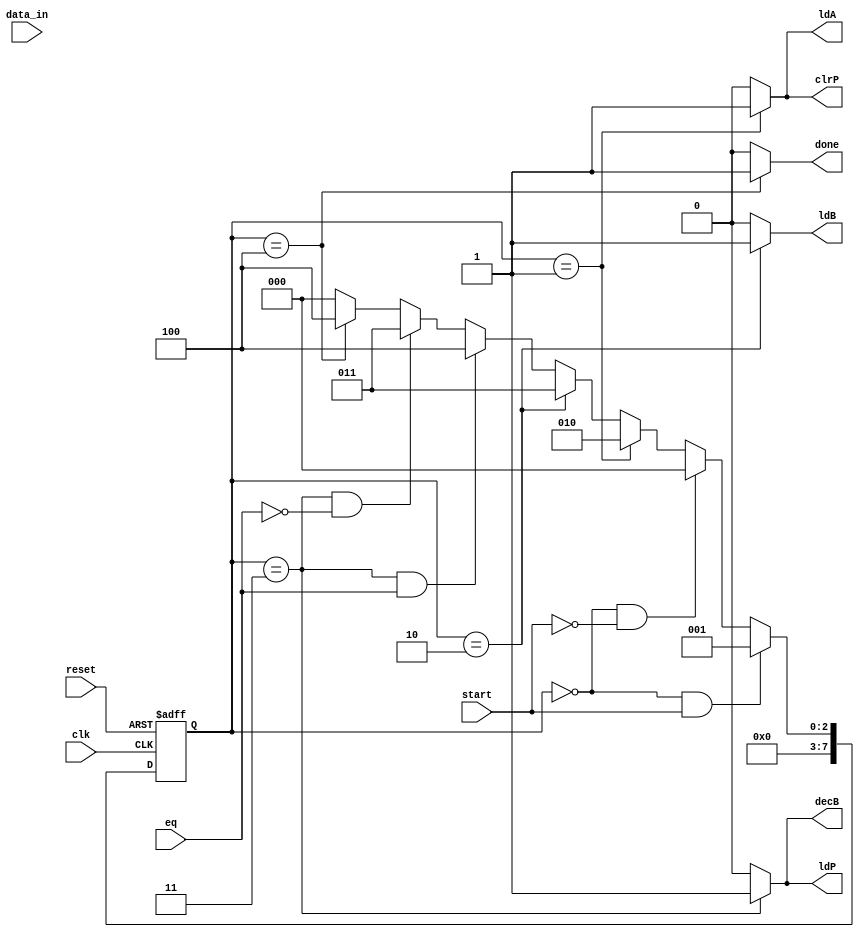
module multiplier_CON
(
    output reg ldA, ldP, clrP, ldB, decB, done,
    input wire [7:0] data_in,
    input wire clk, eq, reset, start
);
//instantiation

//params
parameter S0 = 3'd0, S1 = 3'd1, S2 = 3'd2, S3 = 3'd3, S4 = 3'd4;
//signals
reg [7:0] r_state;
wire [7:0] r_next;
//state reg
always @(posedge clk or posedge reset)
    begin
        if(reset) r_state = 0;
        else r_state = r_next;
    end
//next state logic
assign r_next = (r_state==S0 && start) ? S1 :
                (r_state==S0 && ~start) ? S0 :
                (r_state==S1) ? S2 :
                (r_state==S2) ? S3 :
                (r_state==S3 && eq) ? S4 :
                (r_state==S3 && ~eq) ? S3 :
                (r_state==S4) ? S4 :
                S0;
//output logic
always @(*)
    begin
        ldA = 1'b0;
        ldP = 1'b0;
        clrP = 1'b0;
        ldB = 1'b0;
        decB = 1'b0;
        done = 1'b0;
        case(r_state)
        S0 :
            begin
                #1;
                done = 1'b0;    
            end
        S1 : 
            begin
                #1;
                ldA = 1'b1;
                clrP = 1'b1;
            end
        S2 :
            begin
                #1;
                ldB = 1'b1;
            end
        S3 :
            begin
                #1;
                ldP = 1;
                decB = 1;
            end
        S4 :
            begin
                #1;
                done = 1'b1;
            end
        default : 
            begin
                #1;
                done = 1'b0;
            end
        endcase
    end
endmodule